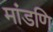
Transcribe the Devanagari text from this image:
मांडणि